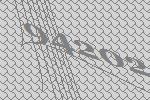
94202